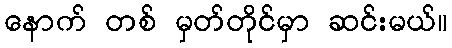
နောက် တစ် မှတ်တိုင်မှာ ဆင်းမယ်။